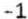
-1